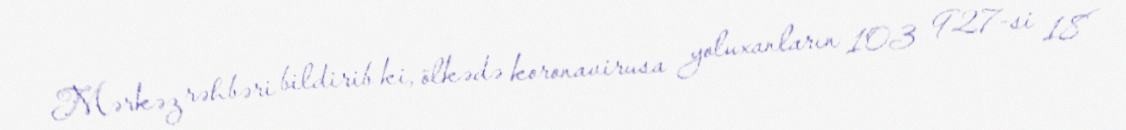
Mərkəz rəhbəri bildirib ki, ölkədə koronavirusa yoluxanların 103 927-si 18